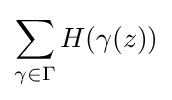
\sum _{\gamma \in \Gamma }H(\gamma (z))